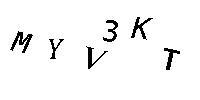
MYV3KT